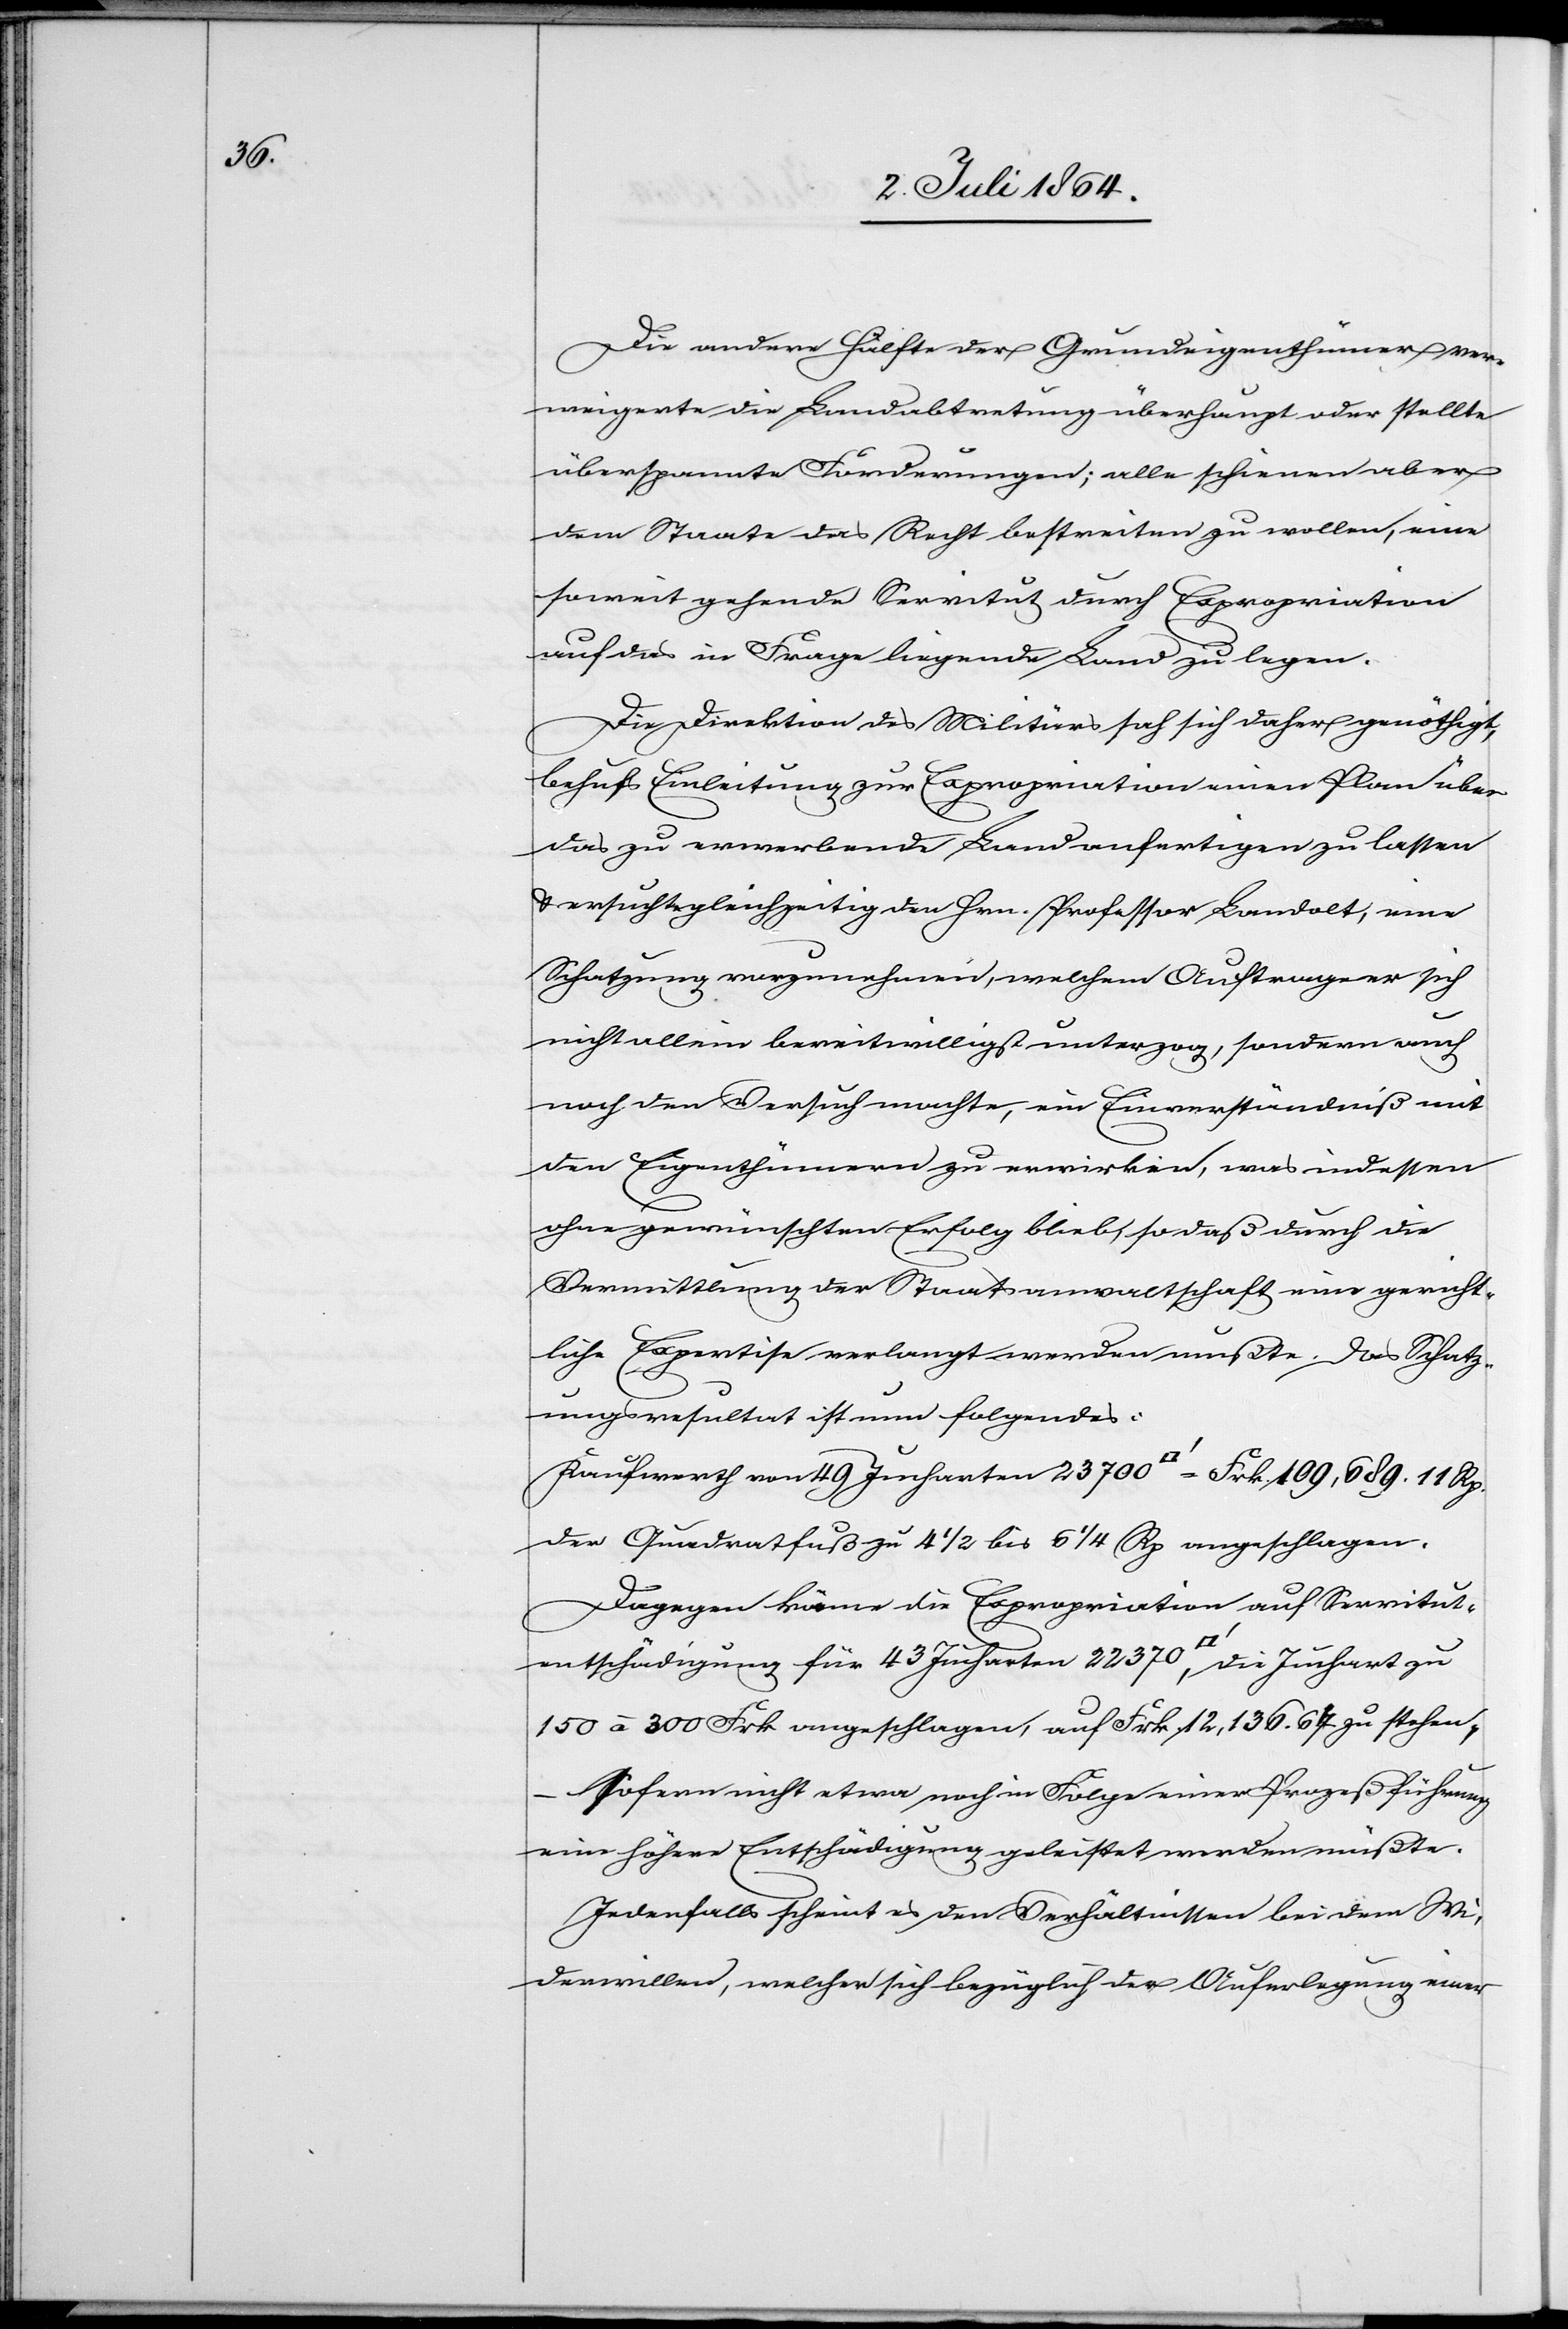
Die andere Hälfte der Grundeigenthümer ver¬
weigerte die Landabtretung überhaupt oder stellte
überspannte Forderungen; alle schienen aber
dem Staate das Recht bestreiten zu wollen, eine
soweit gehende Servitut durch Expropriation
auf das in Frage liegende Land zu legen.
Die Direktion des Militärs sah sich daher genöthigt,
behufs Einleitung zur Expropriation einen Plan über
das zu erwerbende Land anfertigen zu lassen
u. ersuchte gleichzeitig den Hrn. Professor Landolt, eine
Schatzung vorzunehmen, welchem Auftrage er sich
nicht allein bereitwilligst unterzog, sondern auch
noch den Versuch machte, ein Einverständniß mit
den Eigenthümern zu erwirken, was indessen
ohne gewünschten Erfolg blieb, so daß durch die
Vermittlung der Staatsanwaltschaft eine gericht¬
liche Expertise verlangt werden mußte. Das Schatz¬
ungsresultat ist nun folgendes:
Kaufwerth von 49 Jucharten 23 700 [Quadratfuss] = Frk. 109,689.11 Rp.
Der Quadratfuß zu 4 1/2 bis 6 1/4 Rp. angeschlagen.
Dagegen käme die Expropriation auf Servitut¬
entschädigung für 43 Jucharten 22 370 [Quadratfuss], die Juchart zu
150 à 300 Frk angeschlagen, auf Frk. 12,136.67 zu stehen,
–
sofern nicht etwa noch in Folge einer Prozeßführung
eine höhere Entschädigung geleistet werden müßte.
Jedenfalls scheint es den Verhältnissen bei dem Wi¬
derwillen, welcher sich bezüglich der Auferlegung einer